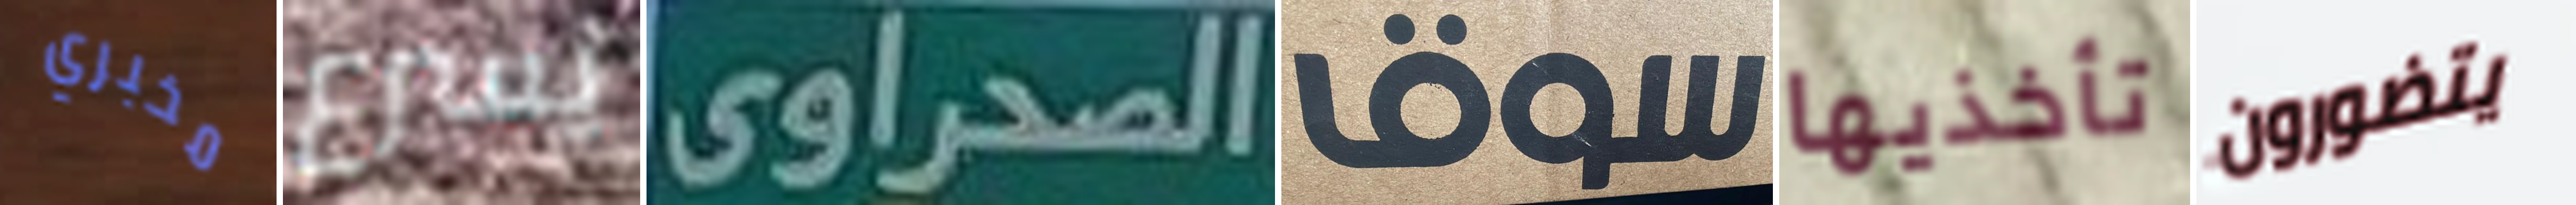
مخبري يسرع الصحراوى سوق تأخذيها يتضورون